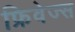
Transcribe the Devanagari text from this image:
फ्रिवेज्स